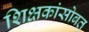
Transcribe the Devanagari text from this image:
शिक्षकांसोबत